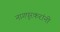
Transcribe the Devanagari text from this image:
नागपूरकरांनी